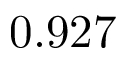
0 . 9 2 7